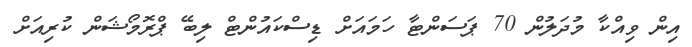
އިން ވިއްކާ މުދަލުން 70 ޕަސަންޓާ ހަމައަށް ޑިސްކައުންޓް ލިބޭ ޕްރޮމޯޝަން ކުރިއަށް